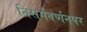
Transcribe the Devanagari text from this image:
निसर्गवर्णनपर